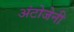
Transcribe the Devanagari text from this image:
अंटोजेनी